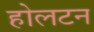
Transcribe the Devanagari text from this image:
होलटन